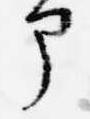
部